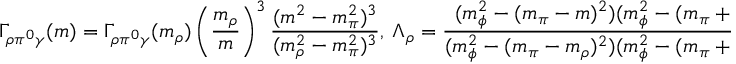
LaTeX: \Gamma _ { \rho \pi ^ { 0 } \gamma } ( m ) = \Gamma _ { \rho \pi ^ { 0 } \gamma } ( m _ { \rho } ) \left( \frac { m _ { \rho } } { m } \right) ^ { 3 } \frac { ( m ^ { 2 } - m _ { \pi } ^ { 2 } ) ^ { 3 } } { ( m _ { \rho } ^ { 2 } - m _ { \pi } ^ { 2 } ) ^ { 3 } } , \ \Lambda _ { \rho } = \frac { ( m _ { \phi } ^ { 2 } - ( m _ { \pi } - m ) ^ { 2 } ) ( m _ { \phi } ^ { 2 } - ( m _ { \pi } + m ) ^ { 2 } ) } { ( m _ { \phi } ^ { 2 } - ( m _ { \pi } - m _ { \rho } ) ^ { 2 } ) ( m _ { \phi } ^ { 2 } - ( m _ { \pi } + m _ { \rho } ) ^ { 2 } ) } .